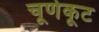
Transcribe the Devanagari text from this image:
चूर्णकूट